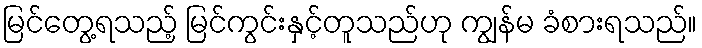
မြင်တွေ့ရသည့် မြင်ကွင်းနှင့်တူသည်ဟု ကျွန်မ ခံစားရသည်။